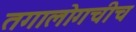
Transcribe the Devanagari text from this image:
तगालोगचीच